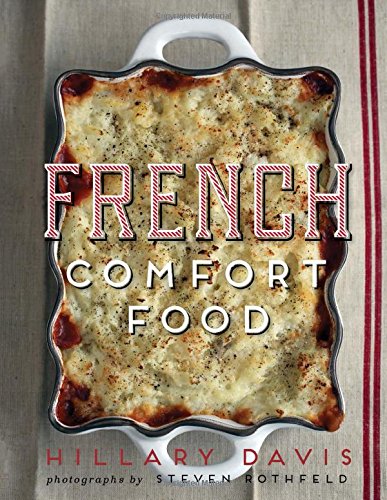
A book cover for French Comfort Food; Hillary Davis; Cookbooks, Food & Wine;